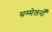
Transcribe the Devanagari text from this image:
सम्मेलनोँ